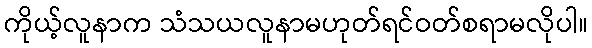
ကိုယ့်လူနာက သံသယလူနာမဟုတ်ရင်ဝတ်စရာမလိုပါ။